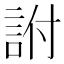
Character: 詂